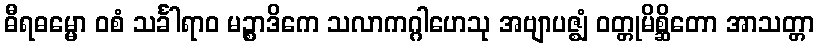
ဓီရဓမ္မော ဝစံ သင်္ခါရာဝ မဉ္စာဒိကေ သလာကဂ္ဂါဟေသု အဗျာပဇ္ဈံ ဝတ္တုမိစ္ဆိတော အာသတ္တာ